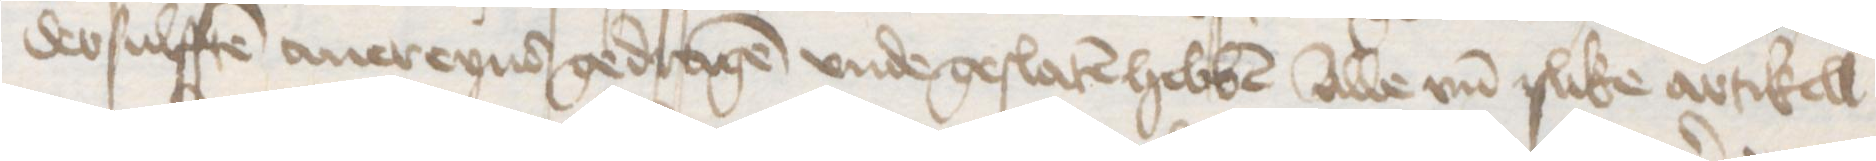
dessulffen auereynd gedragen vnde geslaten hebben alle vnd slike artikell